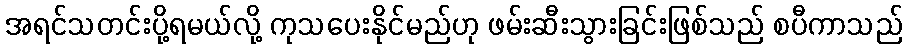
အရင်သတင်းပို့ရမယ်လို့ ကုသပေးနိုင်မည်ဟု ဖမ်းဆီးသွားခြင်းဖြစ်သည် စပီကာသည်